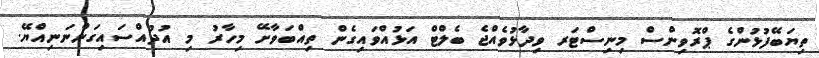
ތިޔަބޭފުޅުންގެ ޕްރޮވިންސް މިނިސްޓަރ ވިދާޅުވެއްޖެ ބެލްޓް އަޅުއްވައިގެން ތިއްބަވާށޭ މިހާރު މި އުދުއްސައިގަންނަނިއްޔޭ.